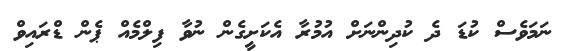
ނަމަވެސް ކުޑަ ދެ ކުދިންނަށް އުމުރާ އެކަށީގެން ނުވާ ފިލްމެއް ޕެން ޑްރައިވް